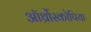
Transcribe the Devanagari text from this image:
ऑर्थ्रोस्कोपिया